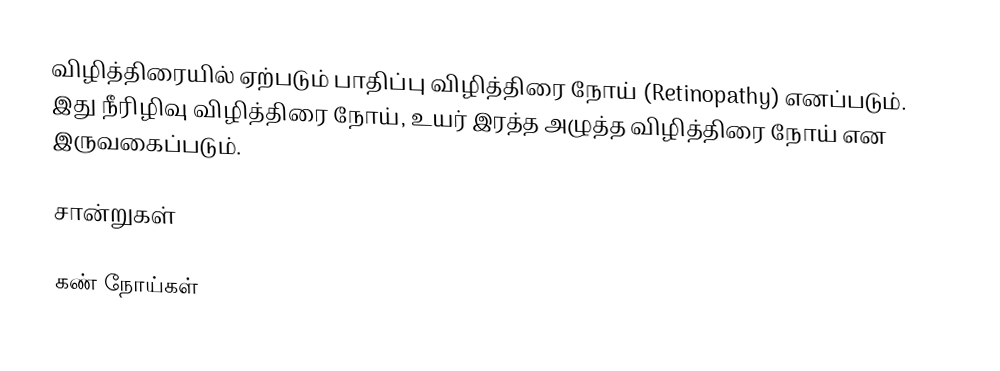
விழித்திரையில் ஏற்படும் பாதிப்பு விழித்திரை நோய் (Retinopathy) எனப்படும். இது நீரிழிவு விழித்திரை நோய்,  உயர் இரத்த அழுத்த விழித்திரை நோய் என இருவகைப்படும்.

சான்றுகள்

கண் நோய்கள்